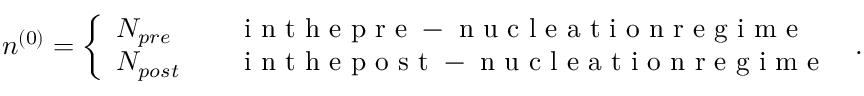
\begin{array} { r } { n ^ { ( 0 ) } = \left\{ \begin{array} { l l } { N _ { p r e } \quad } & { \mathrm { ~ i ~ n ~ t ~ h ~ e ~ p ~ r ~ e ~ - ~ n ~ u ~ c ~ l ~ e ~ a ~ t ~ i ~ o ~ n ~ r ~ e ~ g ~ i ~ m ~ e ~ } } \\ { N _ { p o s t } \quad } & { \mathrm { ~ i ~ n ~ t ~ h ~ e ~ p ~ o ~ s ~ t ~ - ~ n ~ u ~ c ~ l ~ e ~ a ~ t ~ i ~ o ~ n ~ r ~ e ~ g ~ i ~ m ~ e ~ } } \end{array} \right. \, . } \end{array}